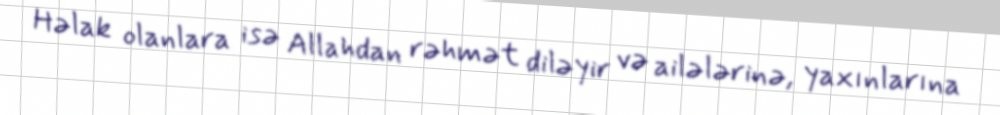
Həlak olanlara isə Allahdan rəhmət diləyir və ailələrinə, yaxınlarına